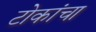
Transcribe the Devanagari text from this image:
टोकांचा